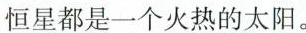
恒星都是一个火热的太阳。